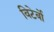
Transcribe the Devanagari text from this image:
विटेर्बो